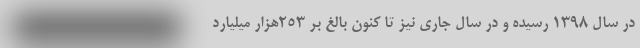
در سال 1398 رسیده و در سال جاری نیز تا کنون بالغ بر 253هزار میلیارد